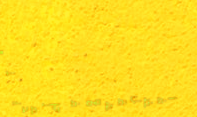
أفضل قهوة في المدينة بانت